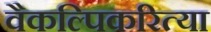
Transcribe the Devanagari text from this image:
वैकल्पिकरित्या